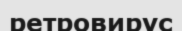
ретровирус